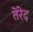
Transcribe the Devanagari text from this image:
तेरेद